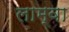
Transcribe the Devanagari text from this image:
लाम्वा